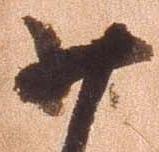
少